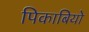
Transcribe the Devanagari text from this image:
पिकाबियो